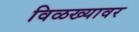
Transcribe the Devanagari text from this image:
विळख्यावर